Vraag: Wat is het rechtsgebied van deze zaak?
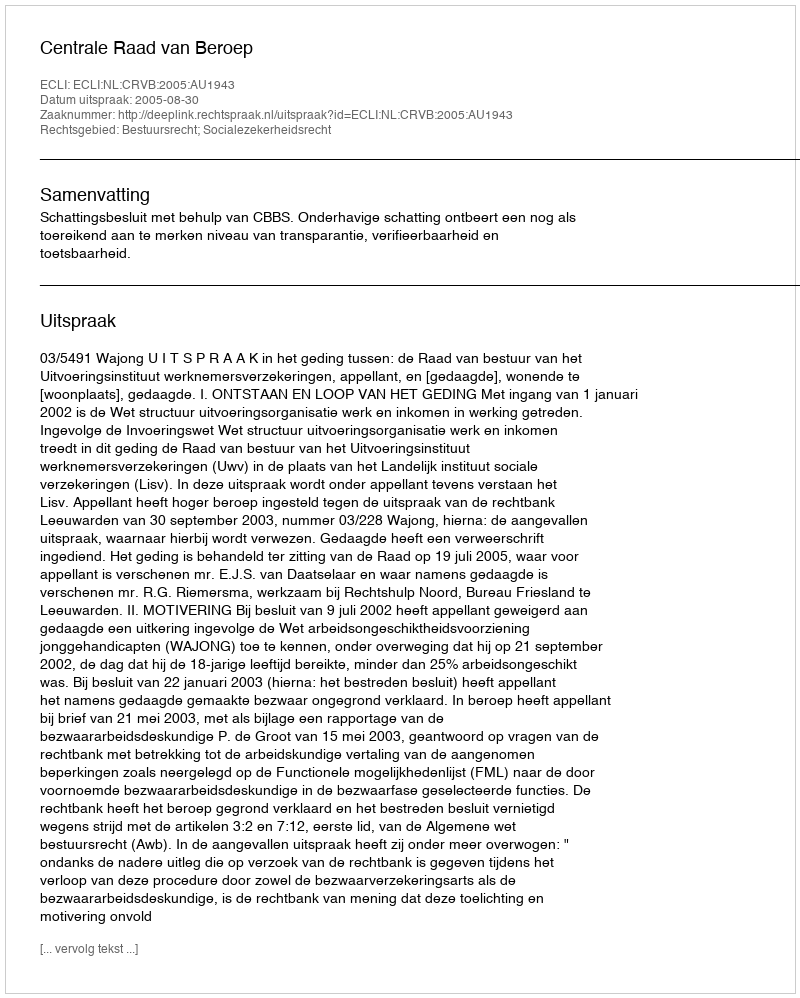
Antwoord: Bestuursrecht; Socialezekerheidsrecht